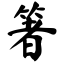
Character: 箸